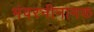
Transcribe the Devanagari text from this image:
भंवरनीनामक